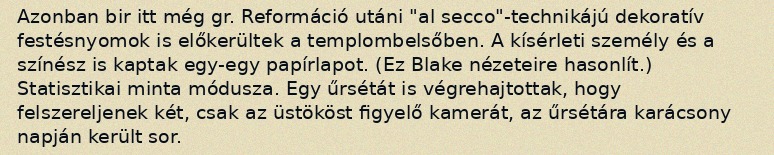
Azonban bir itt még gr. Reformáció utáni "al secco"-technikájú dekoratív festésnyomok is előkerültek a templombelsőben. A kísérleti személy és a színész is kaptak egy-egy papírlapot. (Ez Blake nézeteire hasonlít.) Statisztikai minta módusza. Egy űrsétát is végrehajtottak, hogy felszereljenek két, csak az üstököst figyelő kamerát, az űrsétára karácsony napján került sor.